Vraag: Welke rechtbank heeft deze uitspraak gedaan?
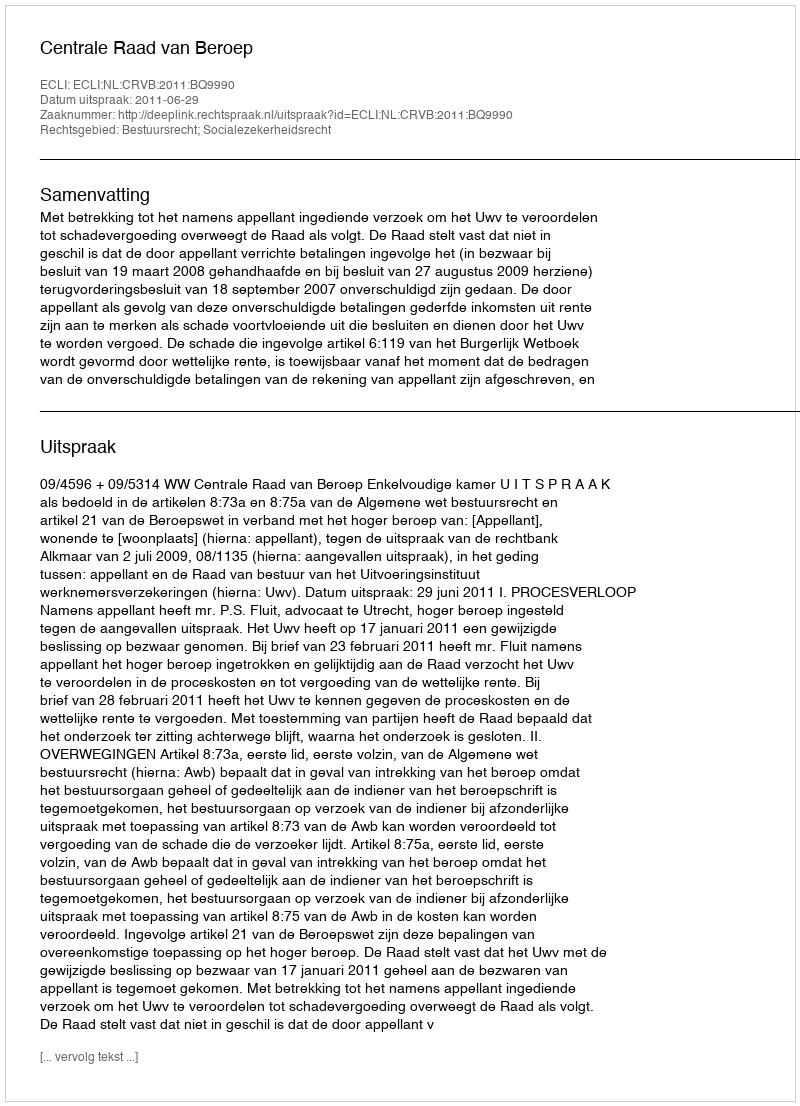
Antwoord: Centrale Raad van Beroep